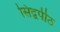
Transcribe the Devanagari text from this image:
सिद्वपीठ